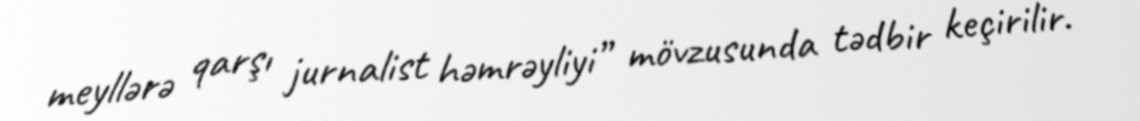
meyllərə qarşı jurnalist həmrəyliyi” mövzusunda tədbir keçirilir.